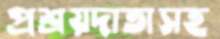
প্রশ্রয়দাতাসহ